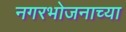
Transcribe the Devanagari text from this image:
नगरभोजनाच्या